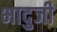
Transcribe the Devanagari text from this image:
भादुजी